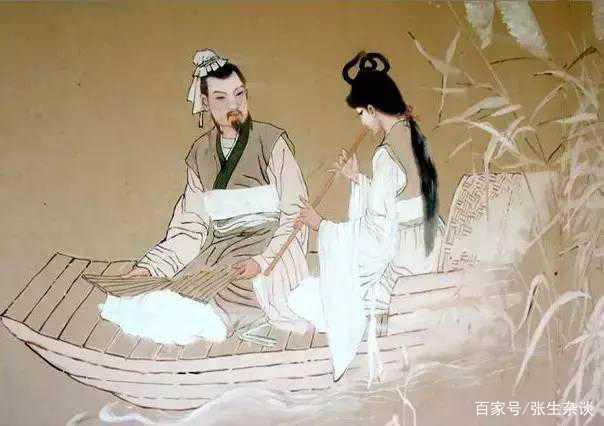
贵出如粪土，贱取如珠玉。